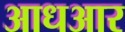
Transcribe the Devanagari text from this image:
आधआर